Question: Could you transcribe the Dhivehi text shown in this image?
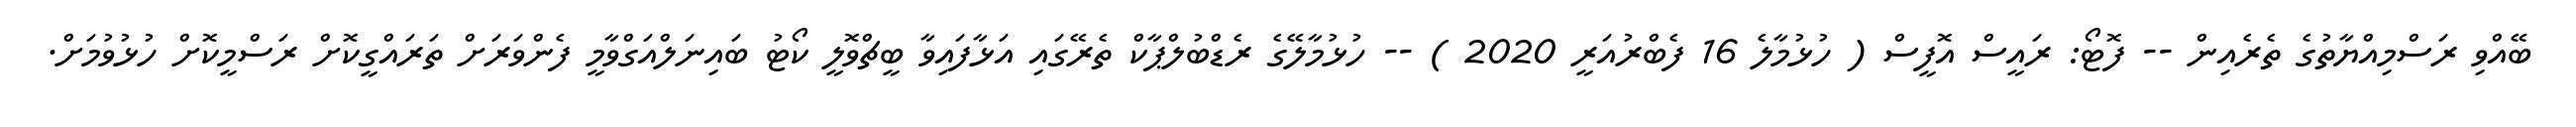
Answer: ބޭއްވި ރަސްމިއްޔާތުގެ ތެރެއިން -- ފޮޓޯ: ރައީސް އޮފީސް ( ހުޅުމާލެ 16 ފެބްރުއަރީ 2020 ) -- ހުޅުމާލޭގެ ރެޑްބުލްޕާކް ތެރޭގައި އަޅާފައިވާ ބީޗްވޮލީ ކޯޓު ބައިނަލްއަގްވާމީ ފެންވަރަށް ތަރައްގީކޮށް ރަސްމީކޮށް ހުޅުވުމަށް.